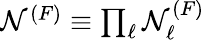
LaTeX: \begin{array}{r}{\mathcal{N}^{(F)}\equiv\prod_{\ell}\mathcal{N}_{\ell}^{(F)}}\end{array}